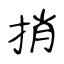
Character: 捎